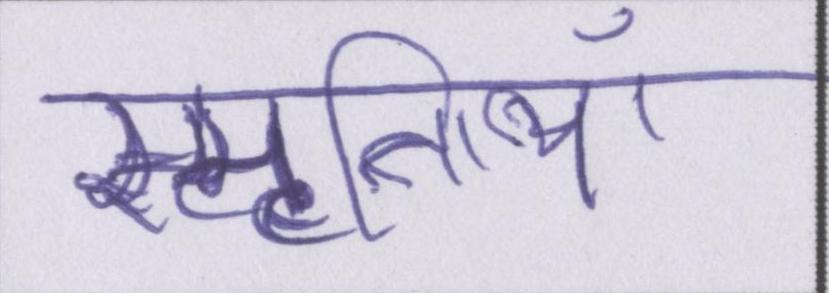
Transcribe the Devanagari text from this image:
स्मृतियाँ